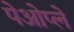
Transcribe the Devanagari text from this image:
पेओप्ले